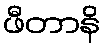
ဖီတာနိ